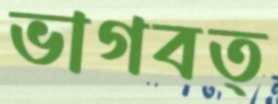
ভাগবত্